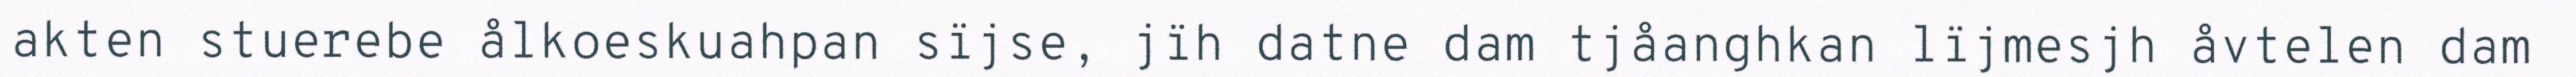
akten stuerebe ålkoeskuahpan sïjse, jïh datne dam tjåanghkan lïjmesjh åvtelen dam